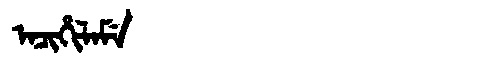
Manchu: ᠠᠴᡳᡥᡳᠯᠠᠮᡝ
Romanization: ACIHILAME